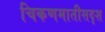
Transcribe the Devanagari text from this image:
चिकणमातीसदृश